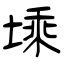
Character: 塖